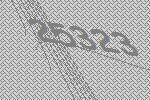
25323